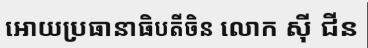
អោយប្រធានាធិបតីចិន លោក ស៊ី ជីន